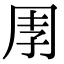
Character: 𭎈